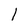
Character: l